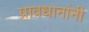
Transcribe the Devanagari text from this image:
प्रावधानांनी